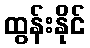
ထွန်းနိုင်